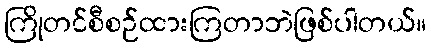
ကြိုတင်စီစဉ်ထားကြတာဘဲဖြစ်ပါတယ်။